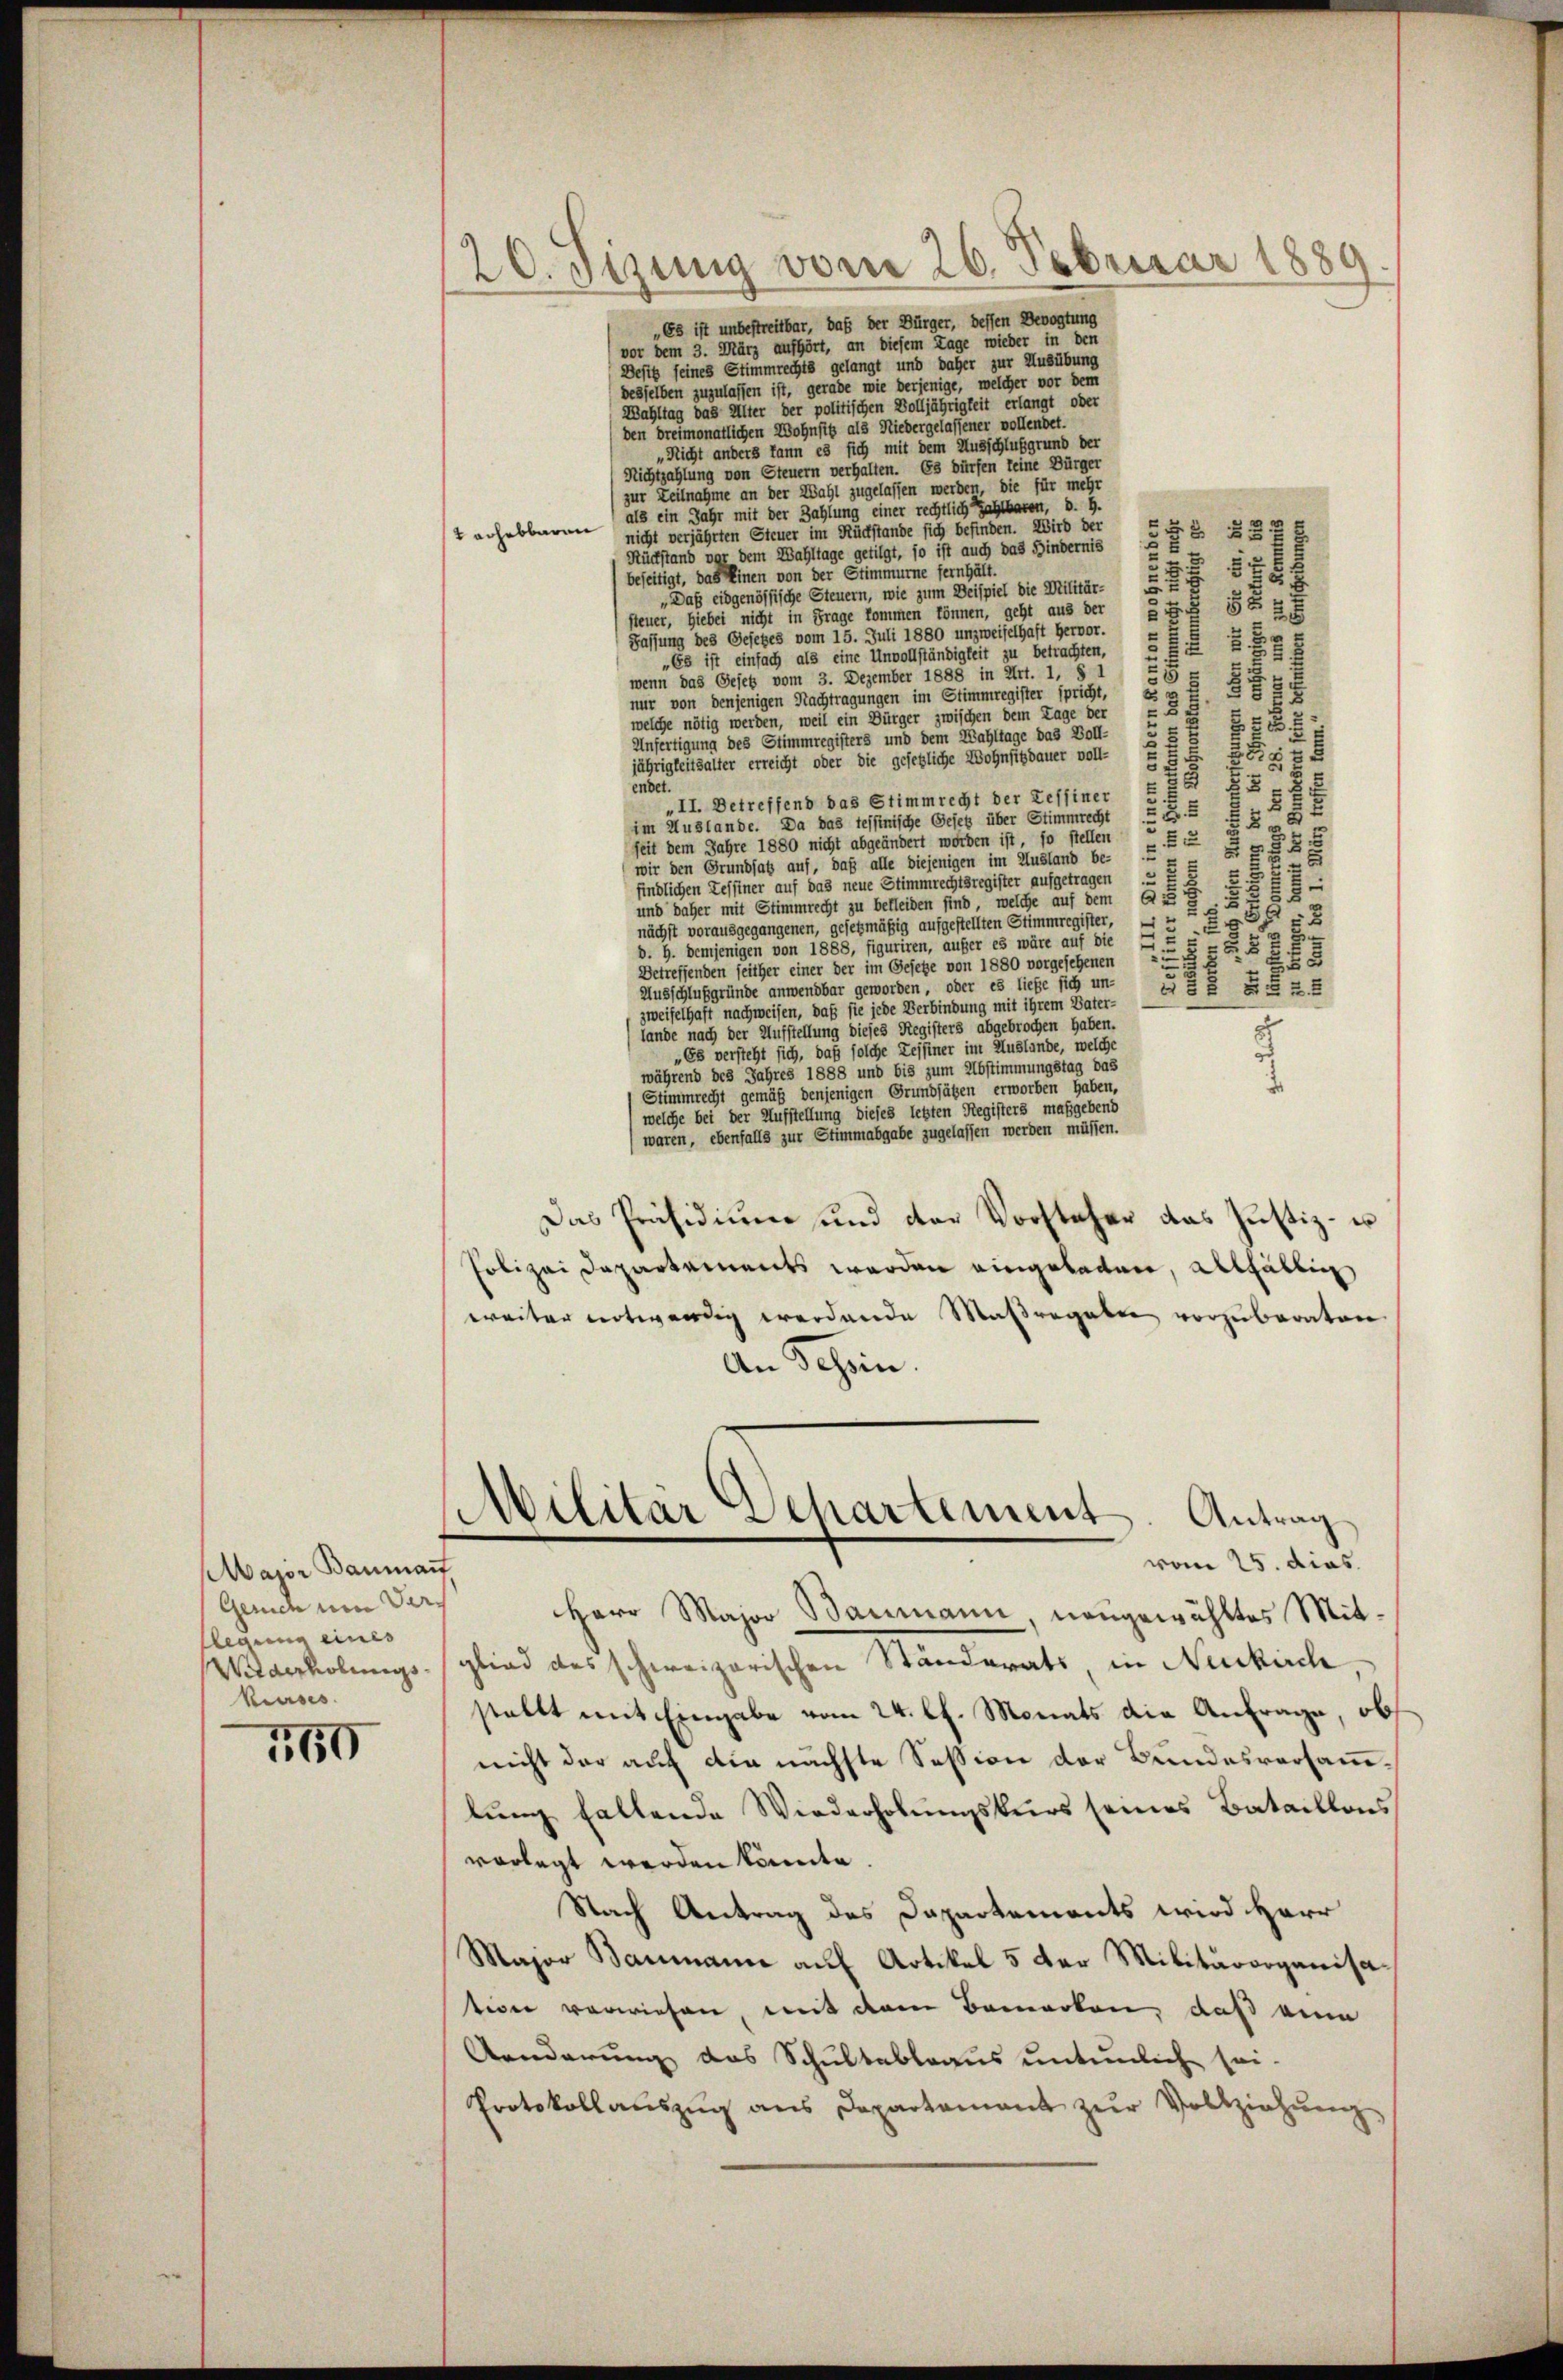
Major Baumant
Gerich um Verlegung einis
kurses.

760

„Es ist unbestreitbar, daß der Bürger, dessen Bevogtung
vor dem 3. März aufhört, an diesem Tage wieder in den
Desto seines Stimmrechts gelangt und daher zur Ausübung
desselben zuzulassen ist, gerade wie derjenige, welcher vor dem
Bahltag das Alter der politischen Volljährigkeit erlangt oder
den dreimonatlichen Wohnsitz als Niedergelassener vollendet.
„Nicht anders kann es sich mit dem Ausschlußgrund der
Richtzahlung von Steuern verhalten. Es dürfen keine Bürger
zur Teilnahme an der Wahl zugelassen werden, die für mehr
als ein Jahr mit der Zahlung einer rechtlich zahlbaren, d. h.
58
nicht verjährten Steuer im Rückstände sich befinden. Wird der
§ 32
tachebbaren
5
Rückstand vor dem Wahltage getilgt, so ist auch das Hindernis
528
beseitigt, das Einen von der Stimmurne fernhält.
„Daß eidgenössische Steuern, wie zum Deispiel die Militär-
5 f 2 x
§ 5
steuer, hiebei nicht in Frage kommen können, geht aus der
E
e
Fassung des Gesezes vom 15. Juli 1880 unzweifelhaft Hervor.
§ 35
u
„Es ist einfach als eine Unvollständigkeit zu betrachten,
5:
wenn das Gesetz vom 3. Dezember 1888 in Art. 1, § 1
.
88
nur von denjenigen Nachtragungen im Stimmregister spricht,
2
welche nötig werden, weil ein Bürger zwischen dem Tage der
2
Unfertigung des Stimmregisters und dem Zahltage das Voll-
27
55
jährigkeitsalter erreicht oder die gesetzliche Wohnsitzbauer voll-
Ce
endet.
55
„II. Betreffend das Stimmrecht der Zessiner
28.
.5
52
im Auslande. Da das tessinische Gesetz über Stimmrecht
t
8
82
seit dem Jahre 1880 nicht abgeändert worden ist, so stellen

u
7
wir den Grundsatz auf, daß alle diejenigen im Ausland be-
5
s
findlichen Zessiner auf das neue Stimmrechtsregister aufgetragen . E
55
2
und daher mit Stimmrecht zu bekleiden sind, welche auf dem E

52
nächst vorausgegangenen, gesetzmäßig aufgestellten Stimmregister,
x
d. h. demjenigen von 1888, figuriren, aufer es wäre auf die
523
55
t
Betreffenden seither einer der im Gesetze von 1880 vorgesehenen
Ausschlußgründe anwendbar geworden, oder es liefe sich un- u § § §. 25
zweifelhaft nachweisen, daß sie jede Verbindung mit ihrem Vater-
lande nach der Aufstellung dieses Registers abgebrochen haben.
„Es versteht sich, daß solche Zeisiner im Auslände, welche
während des Jahres 1888 und bis zum Abstimmungstag das
Stimmrecht gemäß denjenigen Grundsätzen erworben haben,
welche bei der Aufstellung dieses letzten Registers maßgebend
(waren, ebenfalls zur Stimmabgabe zugelassen werden müssen.
Das Präsidium und der Vorsteher das Justiz- u
Polizei Departements werden eingeladen, allfällig
weiter notwendig werdende Massregalen vorzuberaten
An Tessin.
Militär Departement. Antrag
vom 25. dies
Herr Major Baumann neugewähltes Mit¬
Widerholungsglied des schweizerischen Ständerats in Neukirch
stellt mithingabe vom 24. lt. Monats die Antrage, ob
nicht der auf die nächste Session der Bundesvortanlung fallende Wiederholungskurs seines Bataillons
vorlegt werden könnte.
Nach Antrag des Dapartements wird Herr
Major Baumann auf Artikel 5 der Militärorganisatiger verwiesen mit dem Bemerken, daß eine
Aenderung das Schultableaus untenliche sei-
Protokollauszug aus Departament zur Vollziehung,

20. Sisung vom 26. Februar 1889